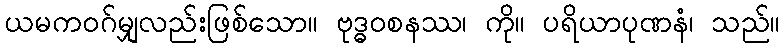
ယမကဝဂ်မျှလည်းဖြစ်သော။ ဗုဒ္ဓဝစနဿ၊ ကို။ ပရိယာပုဏနံ၊ သည်။